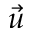
\vec { u }